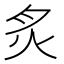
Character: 炙